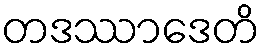
တဒဿာဒေတိ